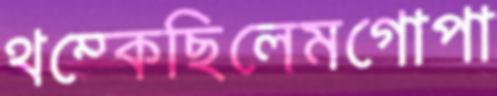
থম্‌কেছিলেমগোপা